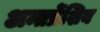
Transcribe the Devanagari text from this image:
अन्तर्प्रेशिय